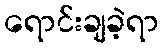
ရောင်းချခဲ့ရာ